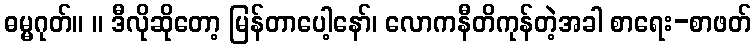
ဓမ္မဂုတ်။ ။ ဒီလိုဆိုတော့ မြန်တာပေါ့နော်၊ လောကနီတိကုန်တဲ့အခါ စာရေး-စာဖတ်